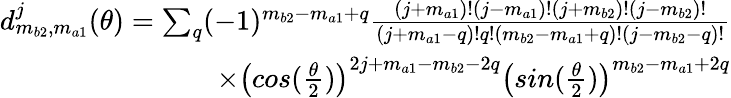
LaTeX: \begin{array}{r}{d_{m_{b2},m_{a1}}^{j}(\theta)=\sum_{q}(-1)^{m_{b2}-m_{a1}+q}\frac{(j+m_{a1})!(j-m_{a1})!(j+m_{b2})!(j-m_{b2})!}{(j+m_{a1}-q)!q!(m_{b2}-m_{a1}+q)!(j-m_{b2}-q)!}}\\ {\times\left(cos(\frac{\theta}{2})\right)^{2j+m_{a1}-m_{b2}-2q}\left(sin(\frac{\theta}{2})\right)^{m_{b2}-m_{a1}+2q}}\end{array}